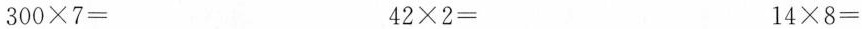
$$300\times7=$$ $$42\times2=$$